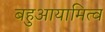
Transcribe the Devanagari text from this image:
बहुआयामित्व